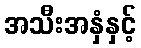
အသီးအနှံနှင့်